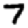
Digit: 7